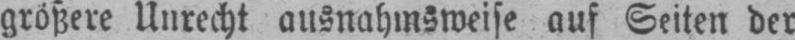
größere Unrecht ausnahmsweise auf Seiten der